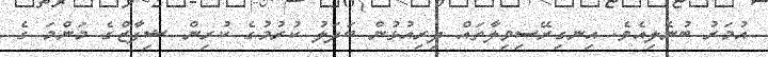
އުމަރު ބުނެލިއެވެ. އިނގިރޭސިވިލާތައް ދިރިއުޅުން ބަދަލު ކުރުމުގެ ކުރިން ޝިފާޒްގެ މަންމަ ގެ